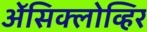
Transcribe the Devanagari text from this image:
ॲेसिक्लोव्हिर